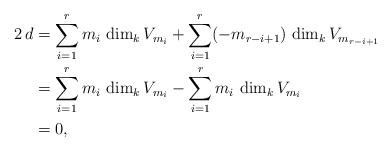
LaTeX: \begin{align*}2 \, d & = \sum_{i = 1}^r m_i \, \dim_k V_{m_i} + \sum_{i = 1}^r ( - m_{r - i + 1} ) \, \dim_k V_{m_{r - i + 1}} \\ & = \sum_{i = 1}^r m_i \, \dim_k V_{m_i} - \sum_{i = 1}^r m_i \, \dim_k V_{m_i} \\ & = 0 , \end{align*}